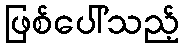
ဖြစ်ပေါ်သည့်